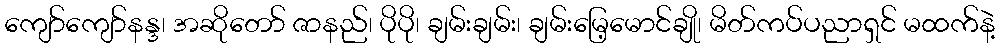
ကျော်ကျော်နန္ဒ၊ အဆိုတော် ဇာနည်၊ ပိုပို၊ ချမ်းချမ်း၊ ချမ်းမြေ့မောင်ချို၊ မိတ်ကပ်ပညာရှင် မထက်နဲ့